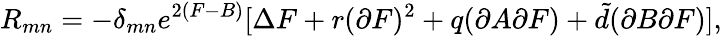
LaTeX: R_{mn}=-\delta_{mn}e^{2(F-B)}[\Delta F+r(\partial F)^{2}+q(\partial A\partial F)+{\tilde{d}}(\partial B\partial F)],